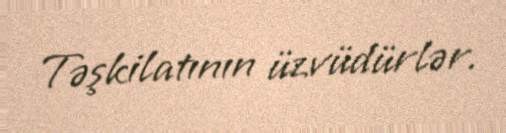
Təşkilatının üzvüdürlər.